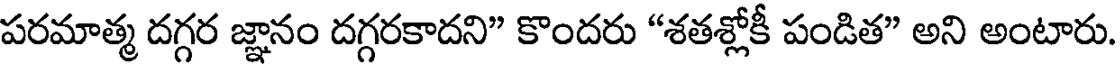
పరమాత్మ దగ్గర జ్ఞానం దగ్గరకాదని" కొందరు "శతశ్లోకీ పండిత" అని అంటారు